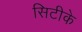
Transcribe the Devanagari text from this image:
सिटीके